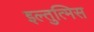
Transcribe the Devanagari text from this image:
इल्तुत्मिस